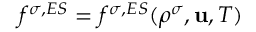
f ^ { \sigma , E S } = f ^ { \sigma , E S } ( \rho ^ { \sigma } , \mathbf { u } , T )